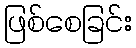
ဖြစ်စေခြင်း